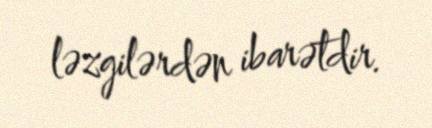
ləzgilərdən ibarətdir.